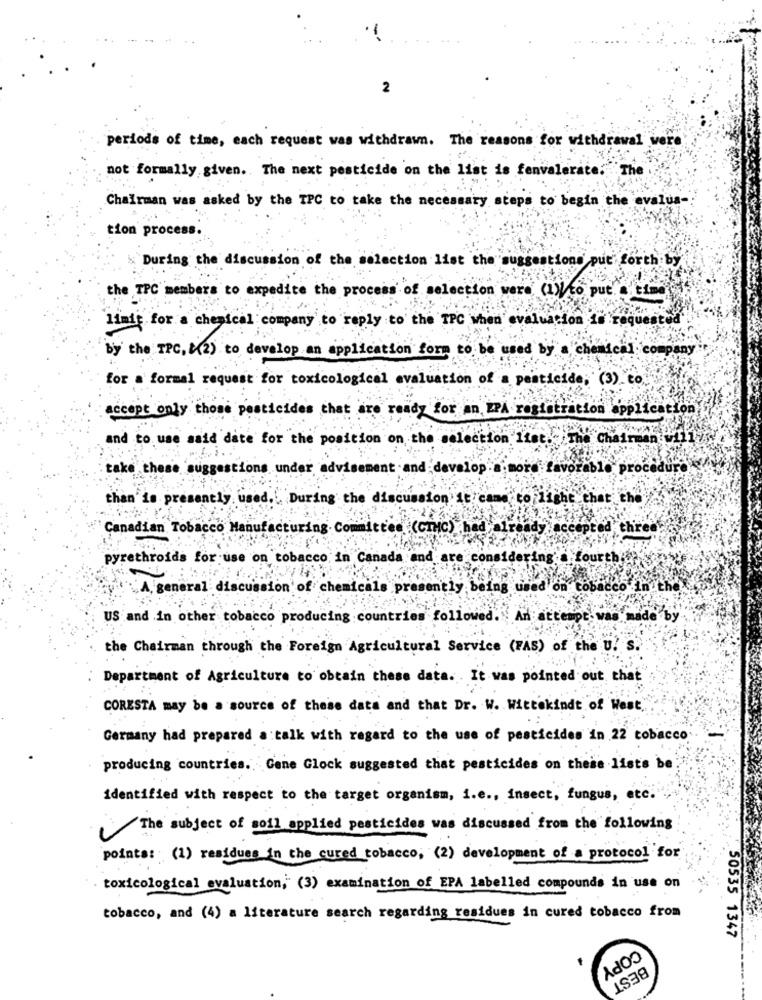
-
2
periods of time, each request was withdrawn. The reasons for withdrawal were
not formally given. The next pesticide on the list is fenvalerate: "The
Chairman was asked by the TPC to take the necessary steps to begin the evalua-
tion process
During the discussion of the selection list the suggestions put forth by
the TPC members to expedite the process of selection were (1)/to put. a time
aluacion 18 request
limif for a chemical company to reply to the TPC when
by the TPC, {(2) to develop an application form to be used by a chemical company
for a formal request for toxicological evaluation of a pesticide; (3). to
accept only those pesticides chat are ready for an EPA registration application
and to use said date for the position on
ion 1ist.
The
Chai
take these suggestions under advisement and
Lop
vorablo procedure
than" is presently. used .!
During the discussion It came to 1 ghe chat the
Canadian Tobacco Manufactur
ittes (CIMIC) had already accepted three
pyrethroids for use on tobacco in Canada and are co
ing. fourthif
Agen
ral discussion
chemicals presently being used on Co
US and in other tobacco producing countries followed. An attempt. was made
by
the Chairman through the Foreign Agricultural Service (FAS) of the U. s.
Department of Agriculture to obtain these data. It was pointed out that
CORESTA may be a source of these data and that Dr. W. Wittekindt of West
Germany had prepared a talk with regard to the use of pesticides in 22 tobacco.
producing countries. Gene Glock suggested that pesticides on these lists be
identified with respect to the target organism, i.e ., insect, fungus, etc.
The subject of soil applied pesticides was discussed from the following
points: (1) residues in the cured tobacco, (2) development of a protocol for
toxicological evaluation, (3) examination of EPA labelled compounds in use on
tobacco, and (4) a literature search regarding residues in cured tobacco from
50535 1347
COPY
BEST